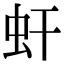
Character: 虷